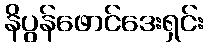
နိပွန်ဖောင်ဒေးရှင်း